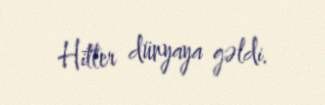
Hitler dünyaya gəldi.